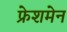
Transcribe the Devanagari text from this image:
फ्रेशमेन